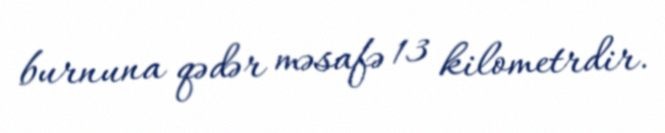
burnuna qədər məsafə 13 kilometrdir.